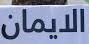
الليمان